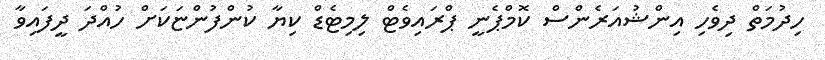
ހިދުމަތް ދިވެހި އިންޝުއަރެންސް ކޮމްޕެނީ ޕްރައިވެޓް ލިމިޓެޑް ކިޔާ ކުންފުންޏަކަށް ހުއްދަ ދީފައިވާ